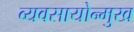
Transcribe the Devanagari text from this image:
व्यवसायोन्मुख